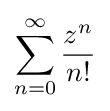
\sum _{n=0}^{\infty }{\frac {z^{n}}{n!}}